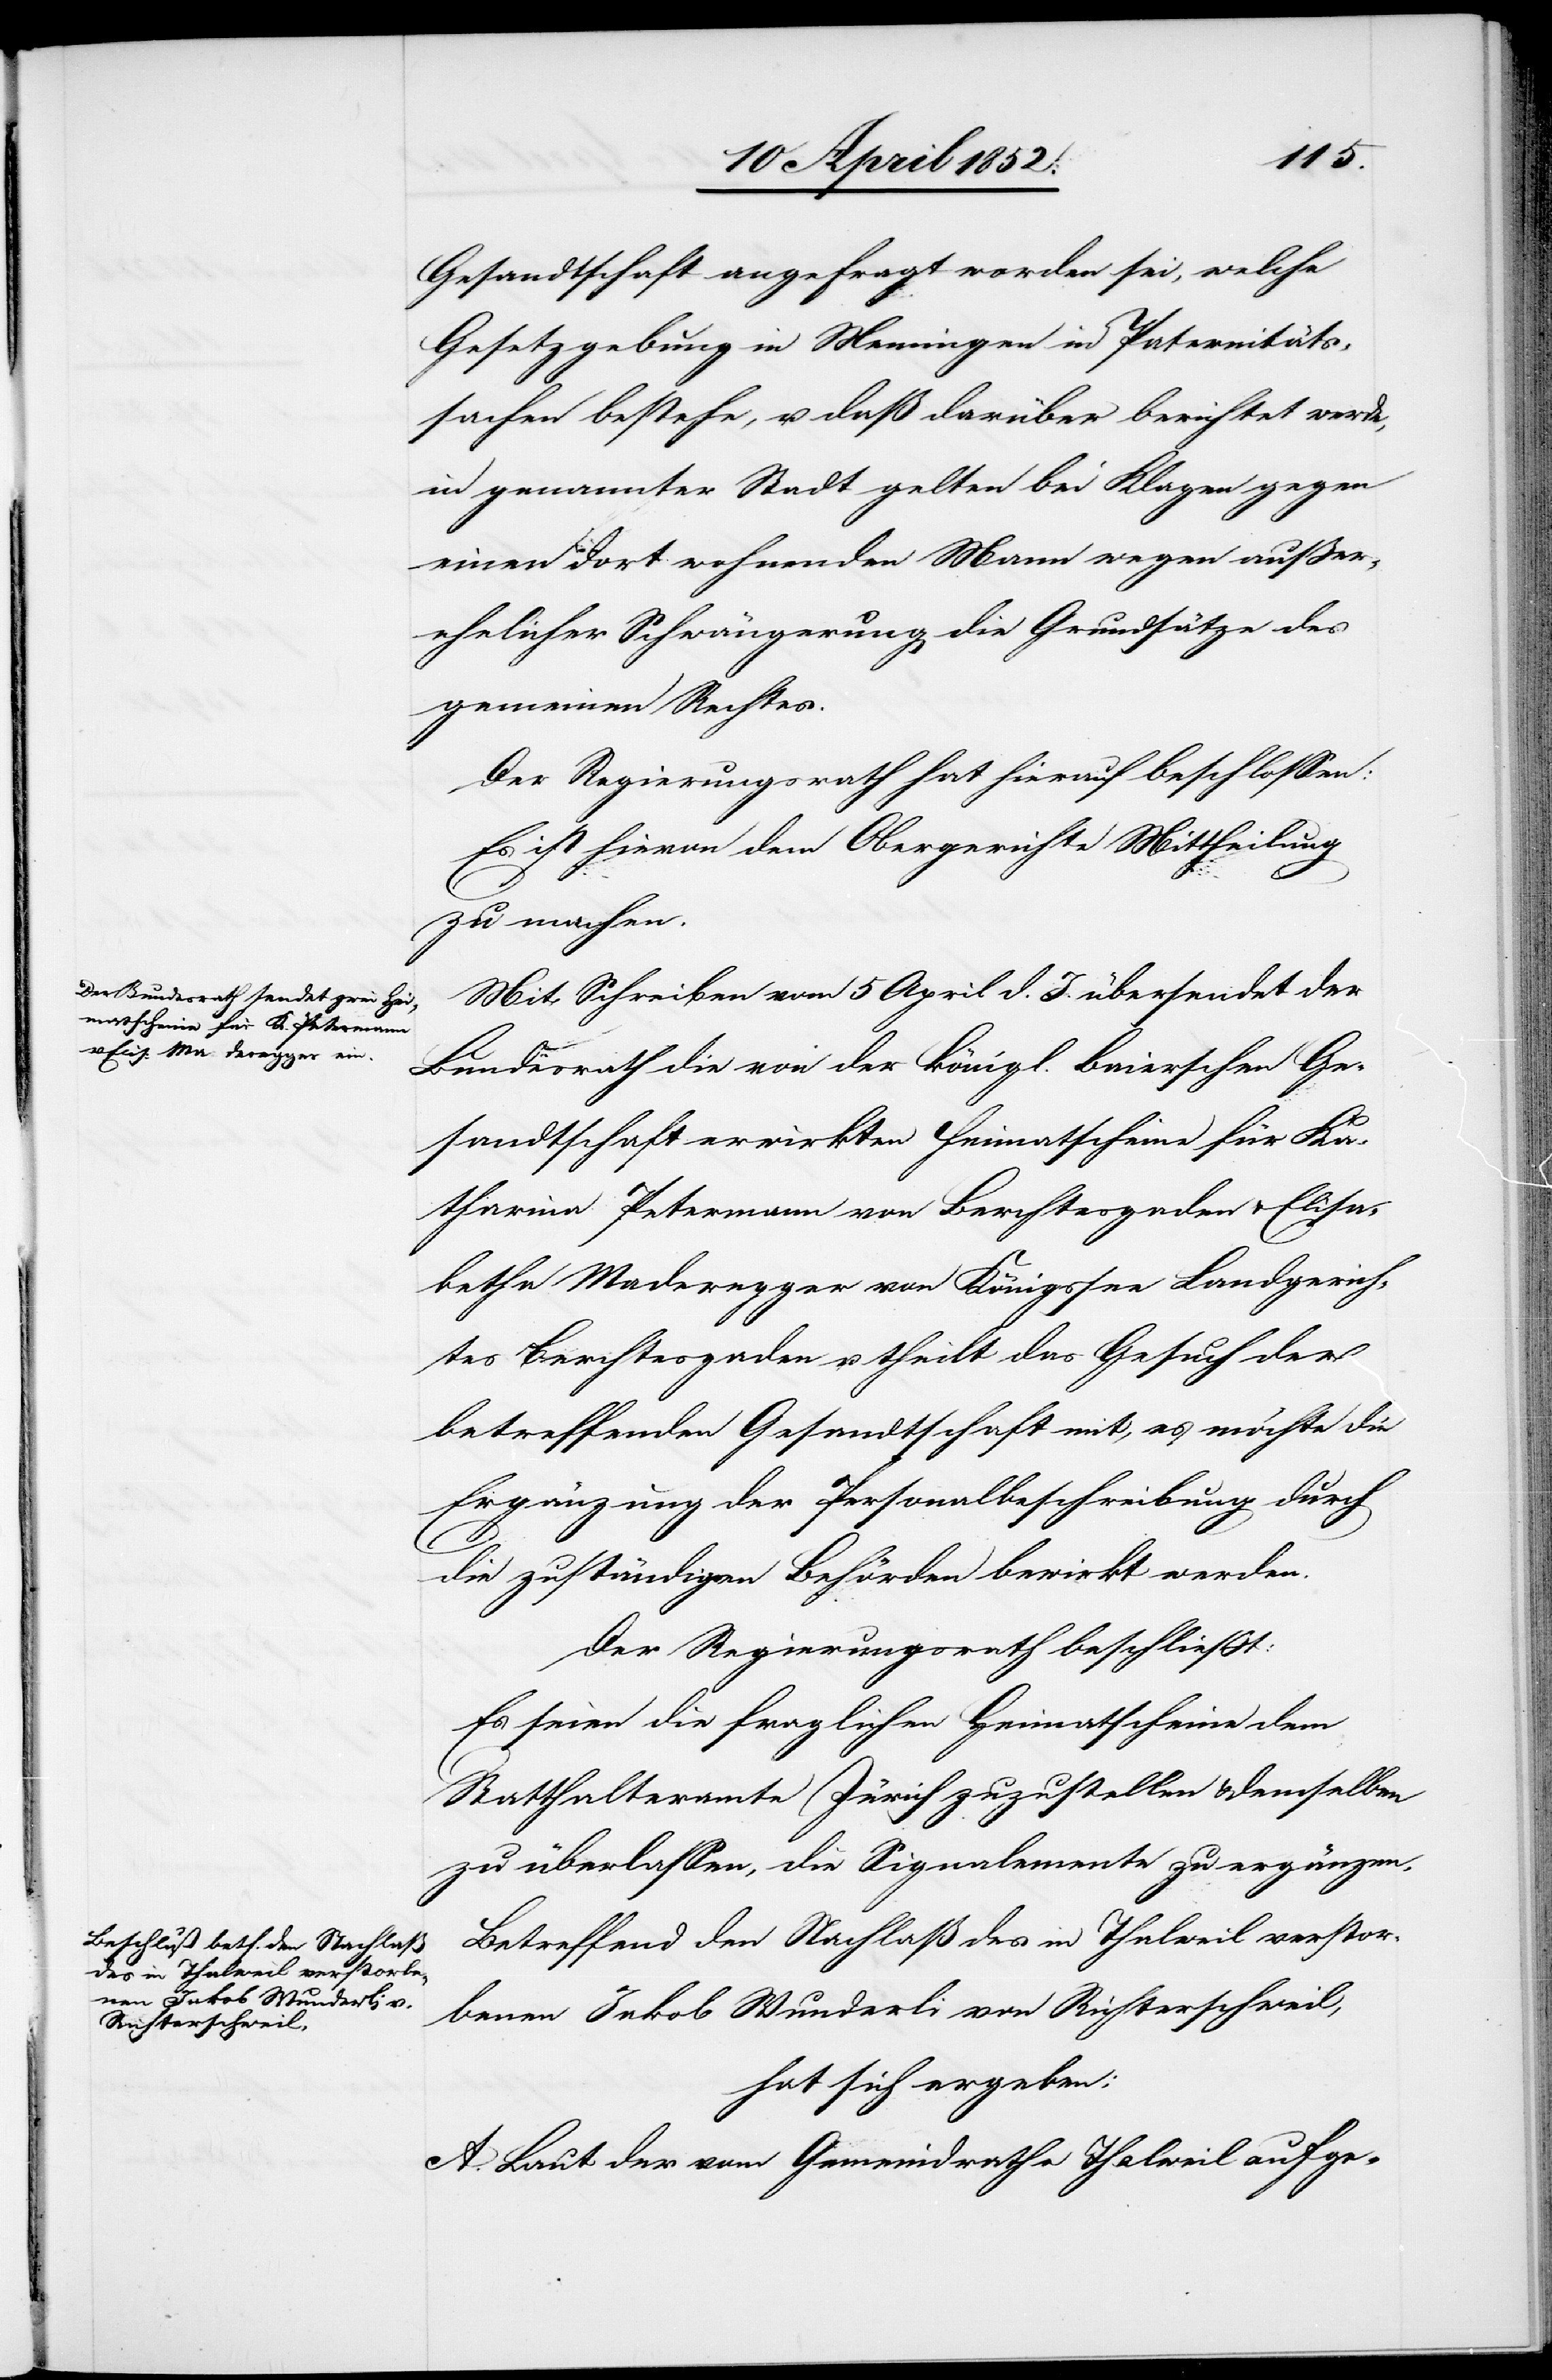
Gesandtschaft angefragt worden sei, welche
Gesetzgebung in Menningen in Paternitäts¬
sachen bestehe, u. daß darüber berichtet werde,
in genannter Stadt gelten bei Klagen gegen
einen dort wohnenden Mann wegen ausser¬
ehelicher Schwängerung die Grundsätze des
gemeinen Rechtes.
Der Regierungsrath hat hierauf beschlossen:
Es ist hievon dem Obergerichte Mittheilung
zu machen.
Mit Schreiben vom 5 April d. J. übersendet der
Bundesrath die von der königl. Baierschen Ge¬
sandtschaft erwirkten Heimatscheine für Ka¬
tharina Petermann von Berchtesgaden & Elisa¬
betha Maderegger von Königsee Landgerich¬
tes Berchtesgaden u. theilt das Gesuch der
betreffenden Gesandtschaft mit, es möchte die
Ergänzung der Personalbeschreibung durch
die zuständigen Behörden bewirkt werden.
Der Regierungsrath beschliesst:
Es seien die fraglichen Heimatscheine dem
Statthalteramte Zürich zuzustellen & demselben
zu überlassen, die Signalemente zu ergänzen.
Betreffend den Nachlaß des in Thalweil verstor¬
benen Jakob Wunderli von Richterschweil,
hat sich ergeben:
A. Laut der vom Gemeindrathe Thalweil aufge-